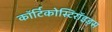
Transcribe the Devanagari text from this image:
कॉर्टिकोस्टिरॉइड्स